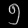
Digit: ၅